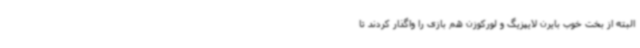
البته از بخت خوب بایرن لایپزیگ و لورکوزن هم بازی را واگذار کردند تا